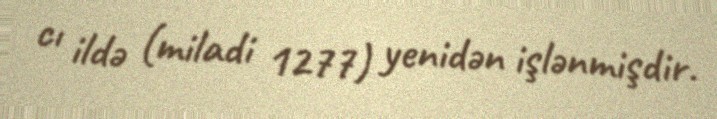
cı ildə (miladi 1277) yenidən işlənmişdir.